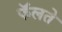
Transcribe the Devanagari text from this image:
फॅलते